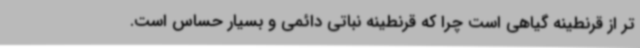
تر از قرنطینه گیاهی است چرا که قرنطینه نباتی دائمی و بسیار حساس است.